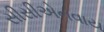
સીસીએનવાય